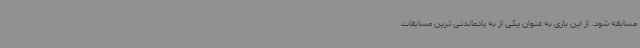
مسابقه شود. از این بازی به عنوان یکی از به یادماندنی ترین مسابقات